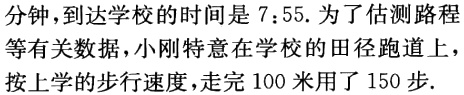
分钟，到达学校的时间是 \(7:55\). 为了估测路程
等有关数据，小刚特意在学校的田径跑道上，
按上学的步行速度，走完 \(100\) 米用了 \(150\) 步.